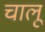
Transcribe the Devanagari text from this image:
चालूं